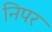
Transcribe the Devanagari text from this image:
निपर